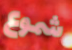
شموع